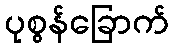
ပုစွန်ခြောက်